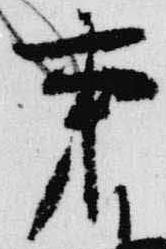
秉